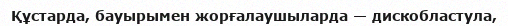
Құстарда, бауырымен жорғалаушыларда — дискобластула,